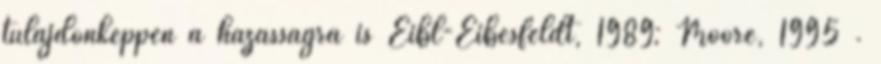
tulajdonképpen a házasságra is Eibl-Eibesfeldt, 1989; Moore, 1995 .